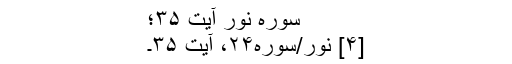
سوره نور آیت ۳۵؛
[۴] نور/سوره۲۴، آیت ۳۵۔